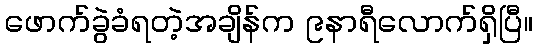
ဖောက်ခွဲခံရတဲ့အချိန်က ၉နာရီလောက်ရှိပြီ။